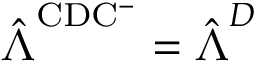
\hat { \boldsymbol { \Lambda } } ^ { \mathrm { C D C ^ { - } } } = \hat { \boldsymbol { \Lambda } } ^ { D }